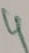
Text: 4